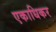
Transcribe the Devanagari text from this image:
एकाधिकर